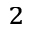
^ { 2 }